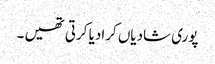
پوری شادیاں کرادیا کرتی تھیں ۔